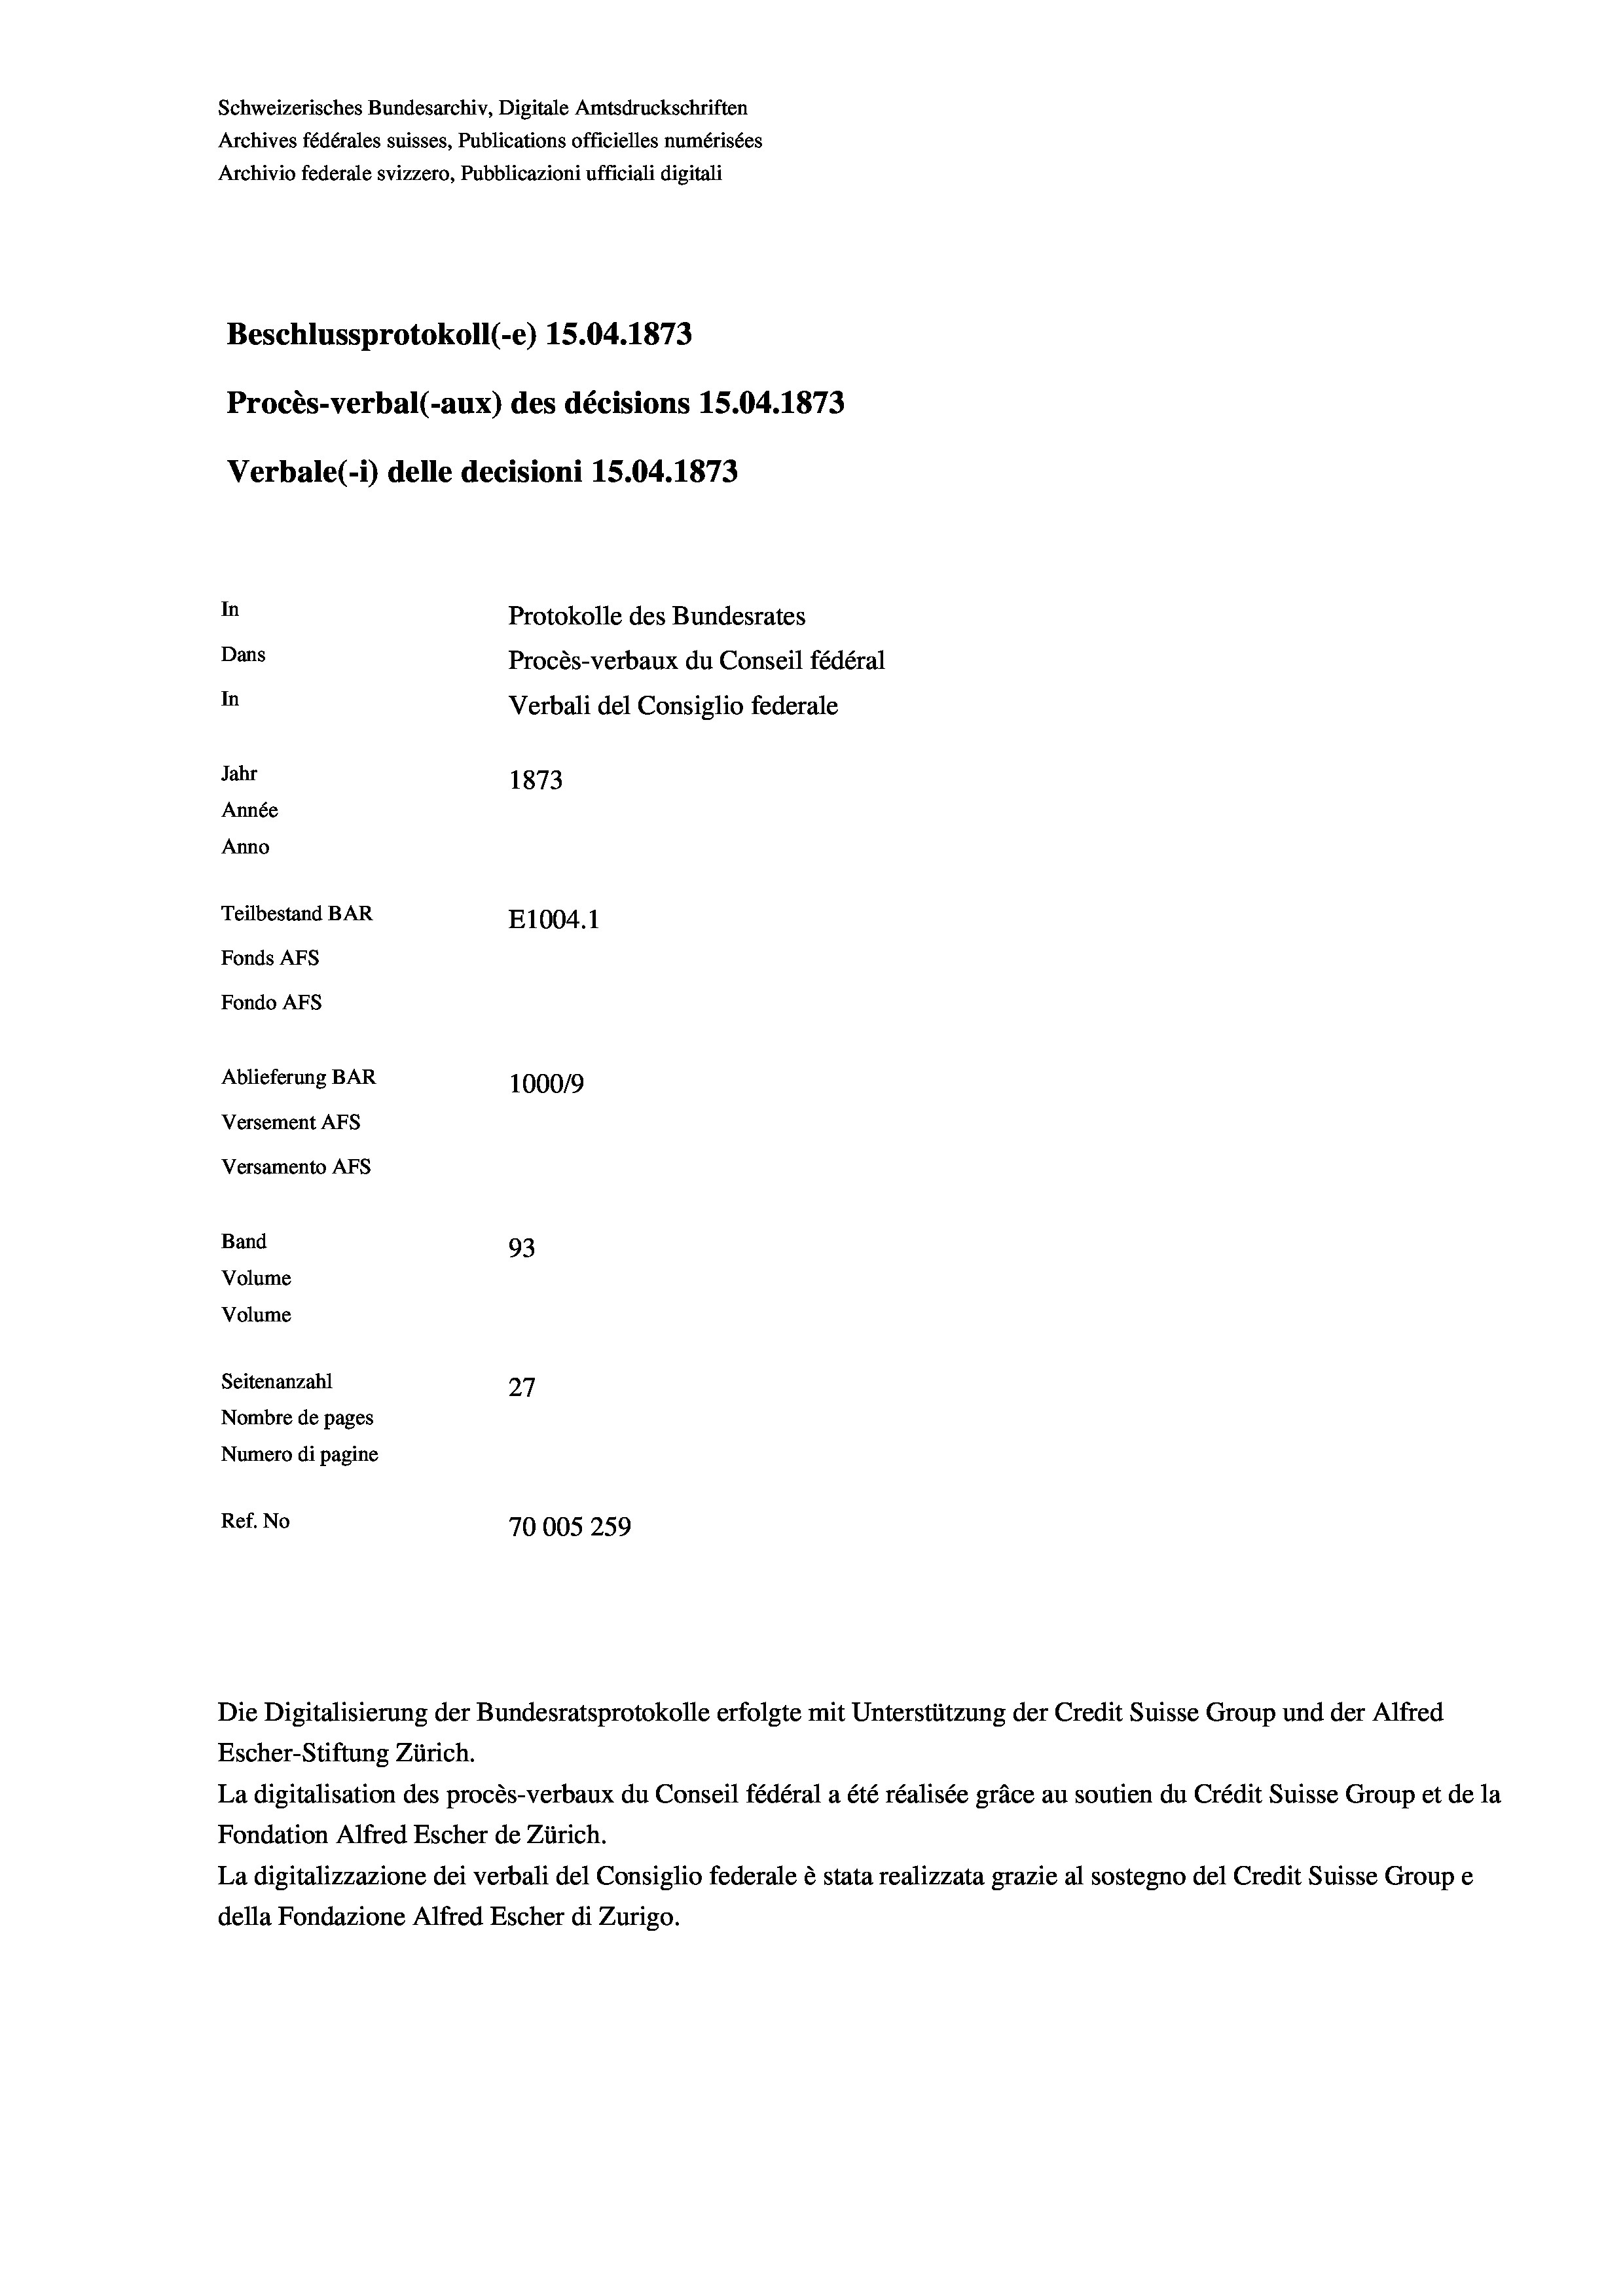
Schweizerisches Bundesarchiv, Digitale Amtsdruckschriften
Archives fédérales suisses, Publications officielles numérisées
Archivio federale svizzero, Pubblicazioni ufficiali digitali
Beschlussprotokoll (-e) 15.04. 1873
Procès-verbal (-aux) des décisions 15.04. 1873
Verbale (i) delle decisioni 15.04. 1873
In
Protokolle des Bundesrates
Dans
Procès-verbaux du Conseil fédéral
In
Verbali del Consiglio federale
Jahr
1873
Année
Anno
Teilbestand BAR
E1004.1
Fonds AFs
Fondo AFs
Ablieferung BAR
100019
Versement Abs
Versamento Afs
Band
93
Volume
Volume
Seitenanzahl
27
Nombre de pages
Numero di pagine
Ref. No
70005259

Escher-Stiftung Zürich.
La digitalisation des procès-verbaux du Conseil fédéral a été réalisée gräce au soutien du Crédit Suisse Group et de la
Fondation Alfred Escher de Zürich.
La digitalizzazione dei verbali del Consiglio federale è stata realizzata grazie al sostegno del Credit Suisse Groupe
della Fondazione Alfred Escher di Zurigo.

Die Digitalisierung der Bundesratsprotokolle erfolgte mit Unterstützung der Credit Suisse Group und der Alfred